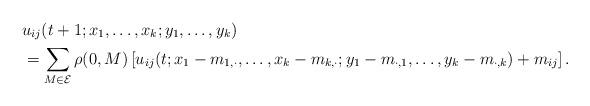
LaTeX: \begin{align*}&u_{ij}(t+1;x_1,\ldots,x_k;y_1,\ldots,y_k)\\&= \sum_{M\in\mathcal{E}}\rho(0,M)\left[u_{ij}(t;x_1-m_{1,\cdot},\ldots,x_k-m_{k,\cdot};y_1-m_{\cdot,1},\ldots,y_k-m_{\cdot,k}) + m_{ij}\right].\end{align*}